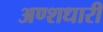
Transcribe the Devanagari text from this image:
अण्शधारी